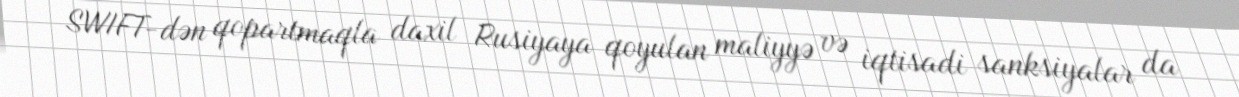
SWIFT-dən qopartmaqla daxil Rusiyaya qoyulan maliyyə və iqtisadi sanksiyalar da